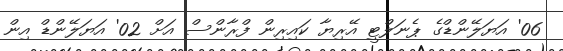
06' އަޔަލޭންޑްގެ ޕެނަލްޓީ އޭރިޔާ ކައިރިން ފްރާންސް އަށް 02' އަޔަލޭންޑް އިން